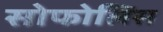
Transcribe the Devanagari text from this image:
सोफोलिस